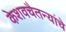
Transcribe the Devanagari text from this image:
केशवचैतन्यांचे